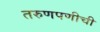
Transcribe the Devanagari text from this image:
तरुणपणीची